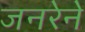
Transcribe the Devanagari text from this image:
जनरेने